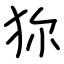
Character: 狝